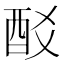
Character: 𨟿